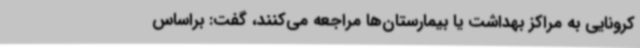
کرونایی به مراکز بهداشت یا بیمارستان‌ها مراجعه می‌کنند، گفت: براساس